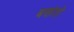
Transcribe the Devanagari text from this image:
बसंतो